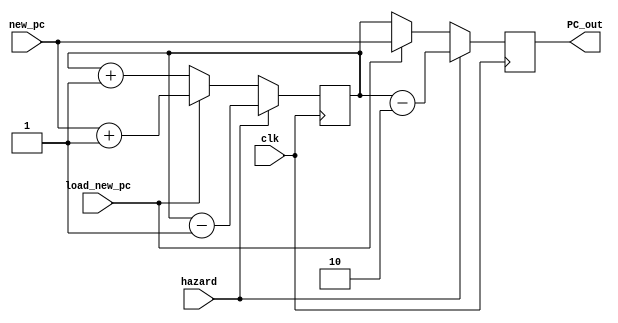
module Lab6_PC(input clk,
               input hazard,
               input load_new_pc,
               input [7:0] new_pc,
               output reg [7:0] PC_out);
    
    reg [7:0] counter = 0;
    
    always@(posedge clk)
    begin
    if ( hazard ) begin
        PC_out = counter - 2;
        counter = counter - 1; end
    else if ( load_new_pc) begin
        PC_out = new_pc;
        counter = new_pc + 1; end
    else begin
        PC_out = counter;
        counter = counter + 1; end
    end

endmodule